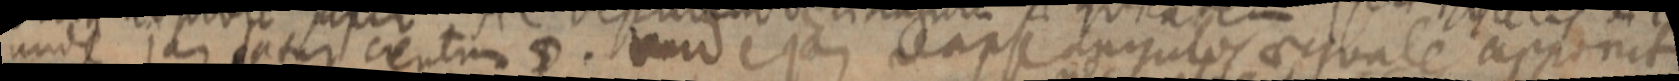
unde jam datur centrum D. _ ejus reaps angulos aequale apponit